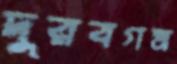
দুরবগম